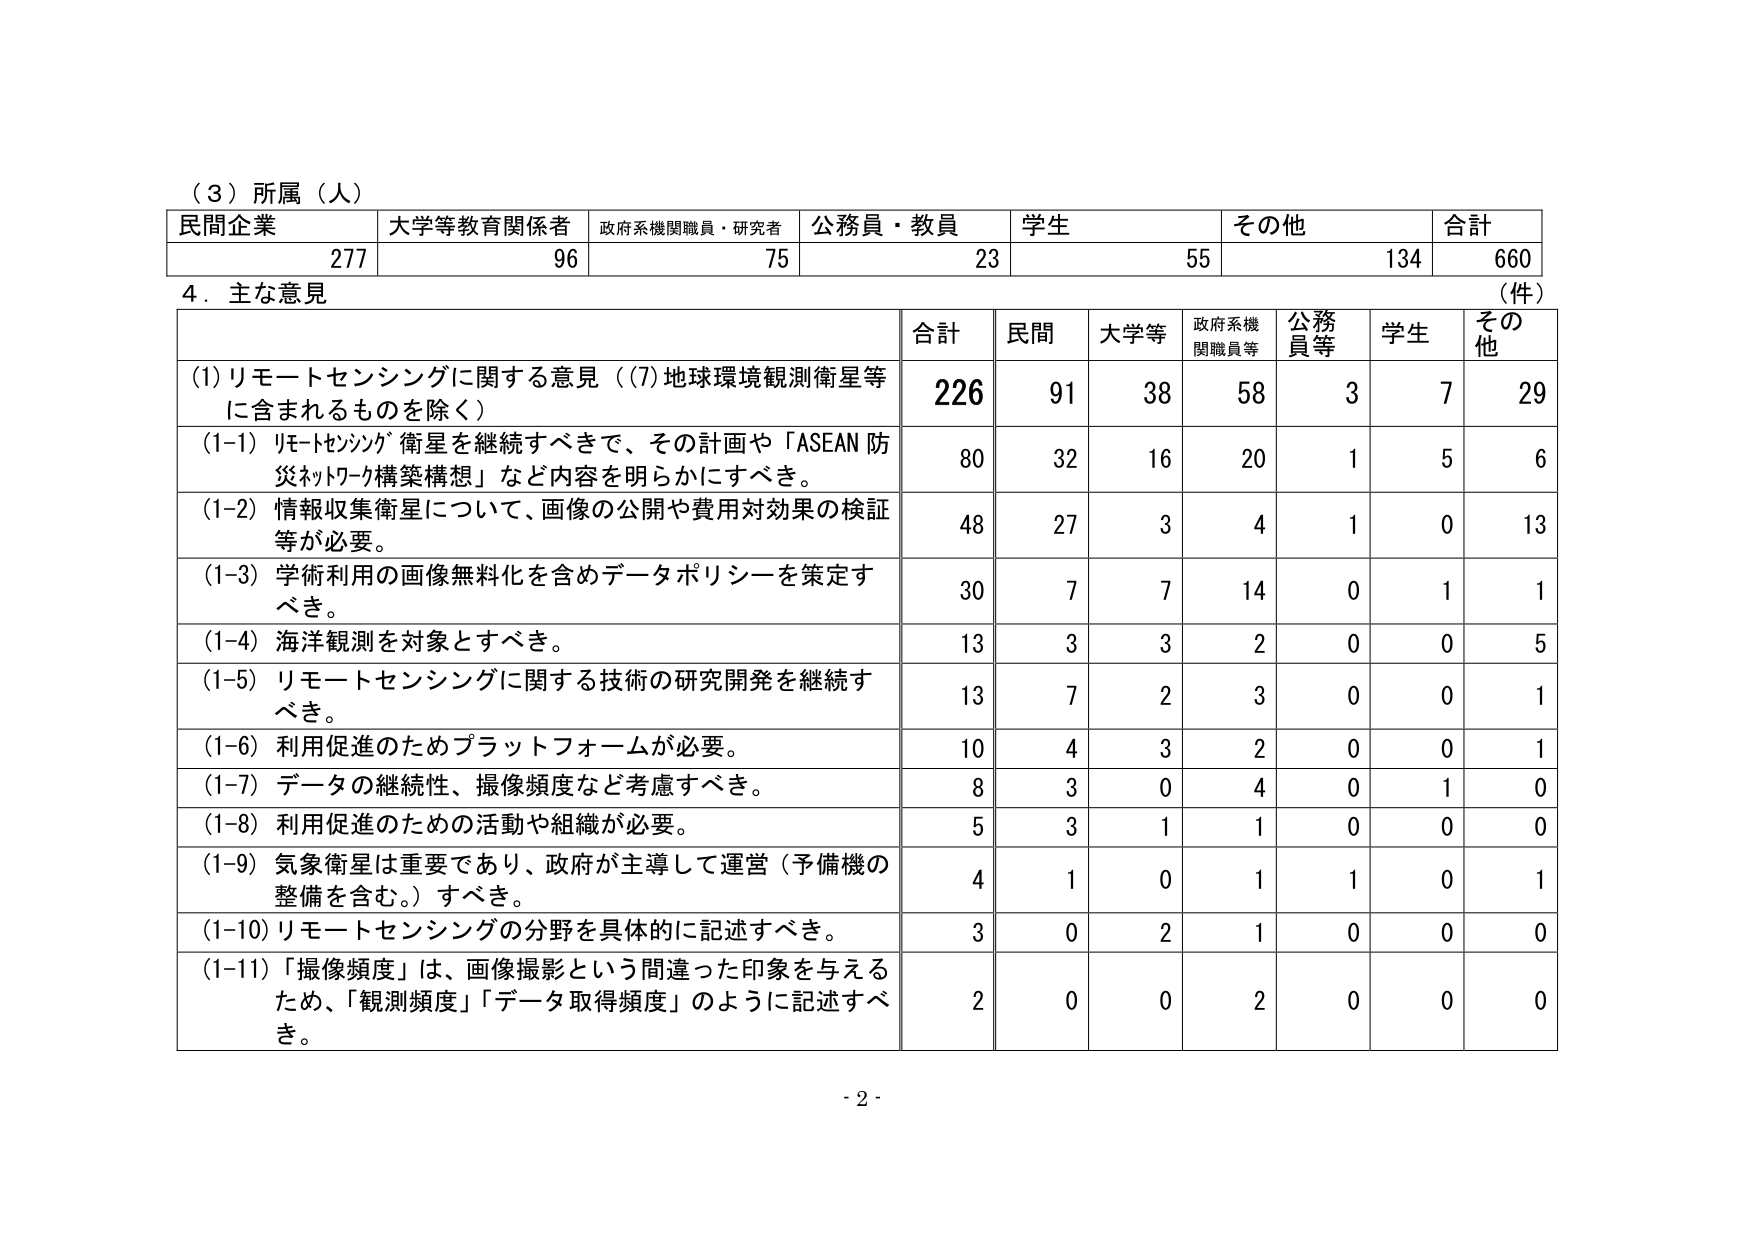
（３）所属（人）

民間企業　大学等教育関係者　政府系機関職員・研究者　公務員・教員　学生　その他　合計
277　　　96　　　　　　　75　　　　　23　　　　　55　　　134　　　660

４．主な意見

（件）